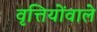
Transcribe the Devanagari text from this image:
वृत्तियोंवाले